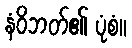
နံဝိဘတ်၏ ပုံစံ။